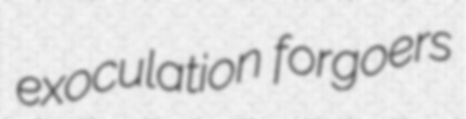
exoculation forgoers